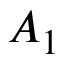
A _ { 1 }